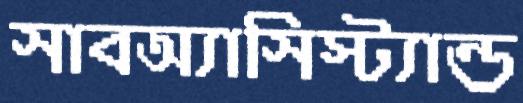
সাবঅ্যাসিস্ট্যান্ড